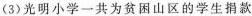
(3)光明小学一共为贫困山区的学生捐款